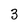
Character: 3